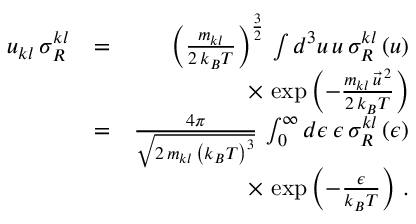
\begin{array} { r l r } { u _ { k l } \, \sigma _ { R } ^ { k l } } & { = } & { \left( \frac { m _ { k l } } { 2 \, k _ { B } T } \right) ^ { \frac { 3 } { 2 } } \, \int d ^ { 3 } u \, u \, \sigma _ { R } ^ { k l } \left( u \right) } \\ & { } & { \times \, \exp \left( - \frac { m _ { k l } \, \vec { u } ^ { \, 2 } } { 2 \, k _ { B } T } \right) } \\ & { = } & { \frac { 4 \pi } { \sqrt { 2 \, m _ { k l } \, \left( k _ { B } T \right) ^ { 3 } } } \, \int _ { 0 } ^ { \infty } d \epsilon \, \epsilon \, \sigma _ { R } ^ { k l } \left( \epsilon \right) } \\ & { } & { \times \, \exp \left( - \frac { \epsilon } { k _ { B } T } \right) \, . } \end{array}